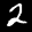
Label: 2